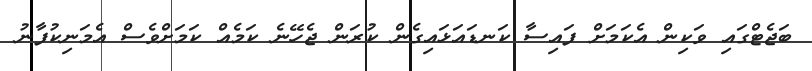
ބަޖެޓްގައި ވަކިން އެކަމަށް ފައިސާ ކަނޑައަޅައިގެން ކުރަން ޖެހޭނެ ކަމެއް ކަމަށްވެސް އެމަނިކުފާނު